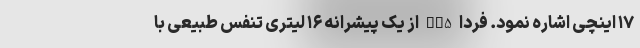
۱۷ اینچی اشاره نمود. فردا SX5 از یک پیشرانه ۱۶ لیتری تنفس طبیعی با